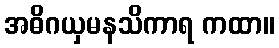
အဓိဂယှမနသိကာရ ကထာ။